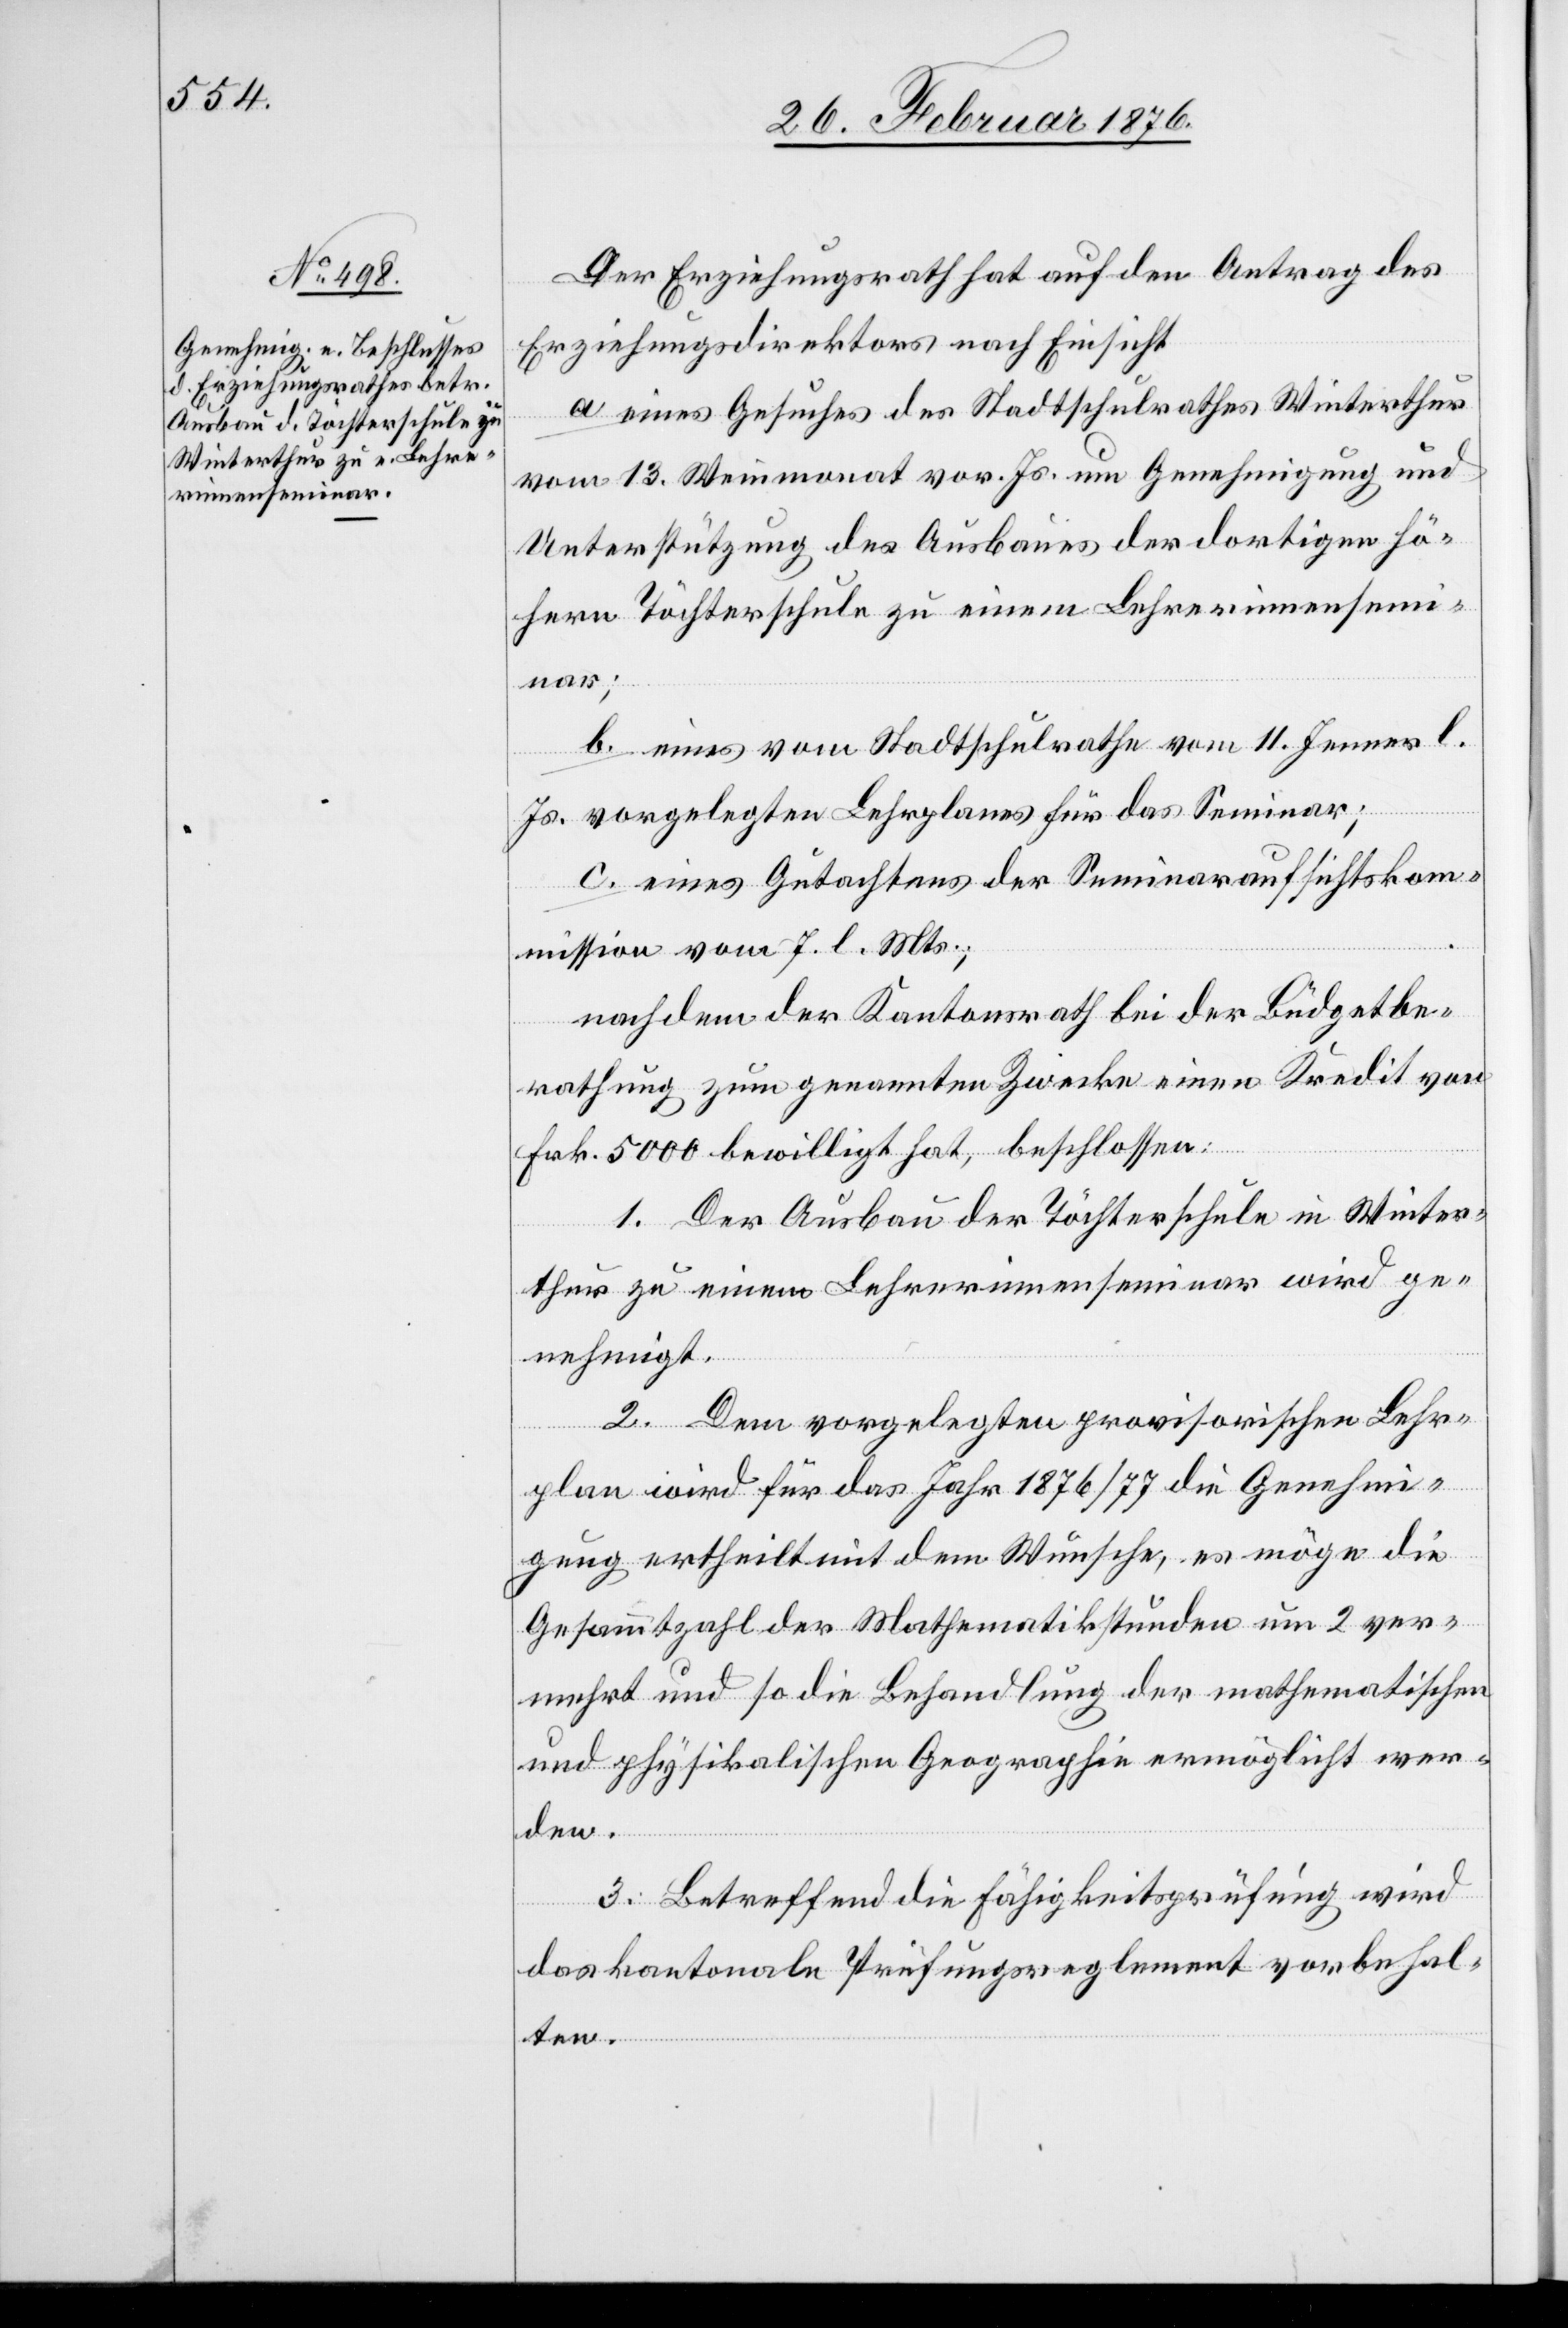
Der Erziehungsrath hat auf den Antrag des
Erziehungsdirektors nach Einsicht
a. eines Gesuches des Stadtschulrathes Winterthur
vom 13. Weinmonat vor. Js. um Genehmigung und
Unterstützung des Ausbaues der dortigen hö¬
hern Töchterschule zu einem Lehrerinnensemin¬
ar;
b. eines vom Stadtschulrathe vom 11. Jenner l.
Js. vorgelegten Lehrplanes für das Seminar;
c. eines Gutachtens der Seminaraufsichtskom¬
mission vom 7. l. Mts.;
nachdem der Kantonsrath bei der Büdgetbe¬
rathung zum genannten Zwecke einen Kredit von
Frk. 5000 bewilligt hat, beschlossen:
1. Der Ausbau der Töchterschule in Winter¬
thur zu einem Lehrerseminar wird ge¬
nehmigt.
2. Dem vorgelegten provisorischen Lehr¬
plan wird für das Jahr 1876/77 die Genehmi¬
gung ertheilt mit dem Wunsche, es möge die
Gesammtzahl der Mathematikstunden um 2 ver¬
mehrt und so die Behandlung der mathematischen
und physikalischen Geographie ermöglicht wer¬
den.
3. Betreffend die Fähigkeitsprüfung wird
das kantonale Prüfungsreglement vorbehal¬
ten.